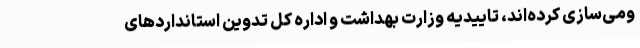
ومی‌سازی کرده‌اند، تاییدیه وزارت بهداشت و اداره کل تدوین استاندارد‌های